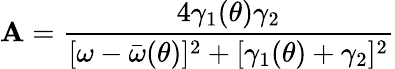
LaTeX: \mathbf{A}=\frac{{4\gamma_{1}(\theta)\gamma_{2}}}{{[\omega-\bar{{\omega}}(\theta)]^{2}+[\gamma_{1}(\theta)+\gamma_{2}]^{2}}}